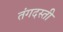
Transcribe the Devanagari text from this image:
तंगदस्ती